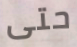
حتى